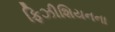
ફિઝીશિયનના